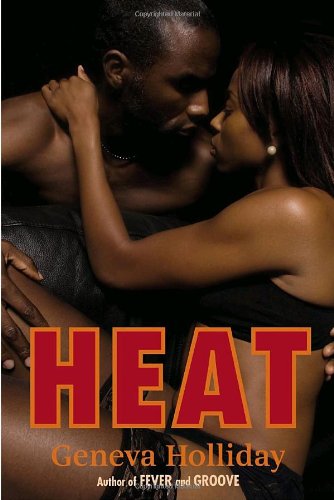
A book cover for Heat; Geneva Holliday; Romance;